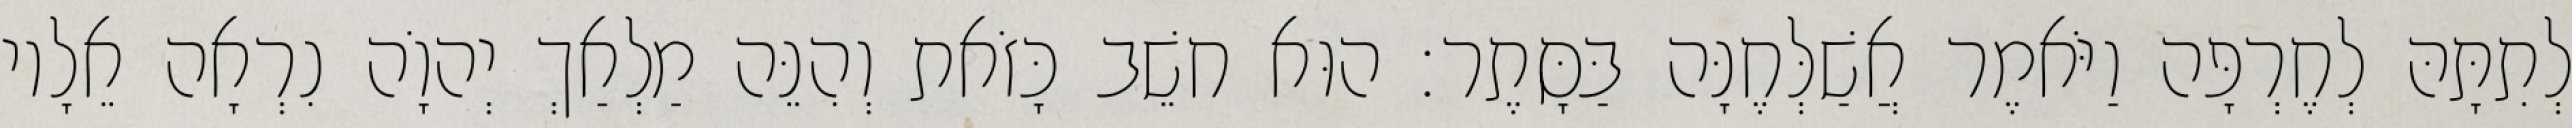
לְתִתָּהּ לְחֶרְפָּה וַיֹּאמֶר אֲשַׁלְּחֶנָּה בַּסָּתֶר׃ הוּא חשֵׁב כָּזֹאת וְהִנֵּה מַלְאַךְ יְהוָֹה נִרְאָה אֵלָיו